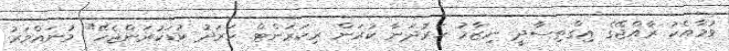
ވުމާއެކު ރާއްޖޭގެ އިގްތިސާދީ ނިޒާމު ހަރުދަނާ ކުރަން ރިކަރަންޓް ހަރަދު ކުޑަކުރަންޖެހޭ" މުނައްވަރު